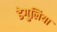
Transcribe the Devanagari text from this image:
डेगुलिया